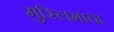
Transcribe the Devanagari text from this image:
मुस्लिमांचा